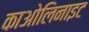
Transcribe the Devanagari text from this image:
काओलिनाइट